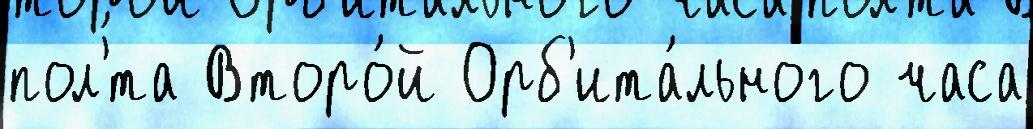
пол'́та Второ́й Орб'ита́льного часа